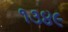
૧૩૪૯